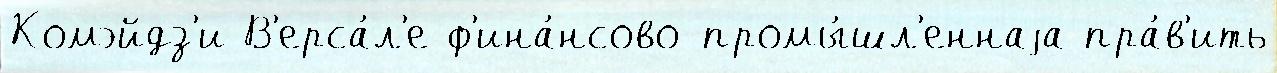
Комэйдз'и В'ерса́л'е ф'ина́нсово-промы́шл'еннаjа пра́в'ить